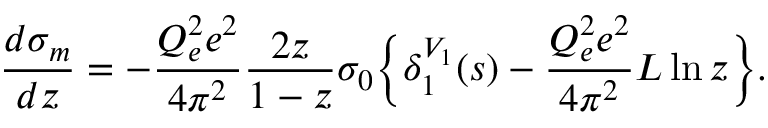
{ \frac { d \sigma _ { m } } { d z } } = - { \frac { Q _ { e } ^ { 2 } e ^ { 2 } } { 4 \pi ^ { 2 } } } { \frac { 2 z } { 1 - z } } \sigma _ { 0 } \Big \{ \delta _ { 1 } ^ { V _ { 1 } } ( s ) - { \frac { Q _ { e } ^ { 2 } e ^ { 2 } } { 4 \pi ^ { 2 } } } L \ln z \Big \} .